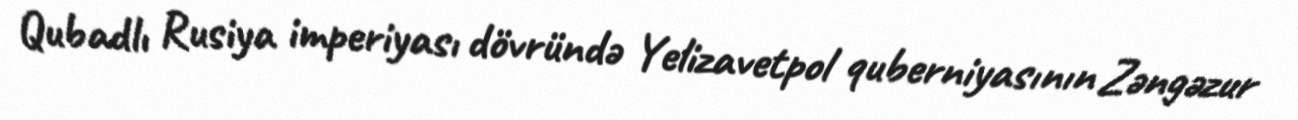
Qubadlı Rusiya imperiyası dövründə Yelizavetpol quberniyasının Zəngəzur